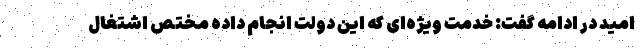
امید در ادامه گفت: خدمت ویژه‌ای که این دولت انجام داده مختص اشتغال